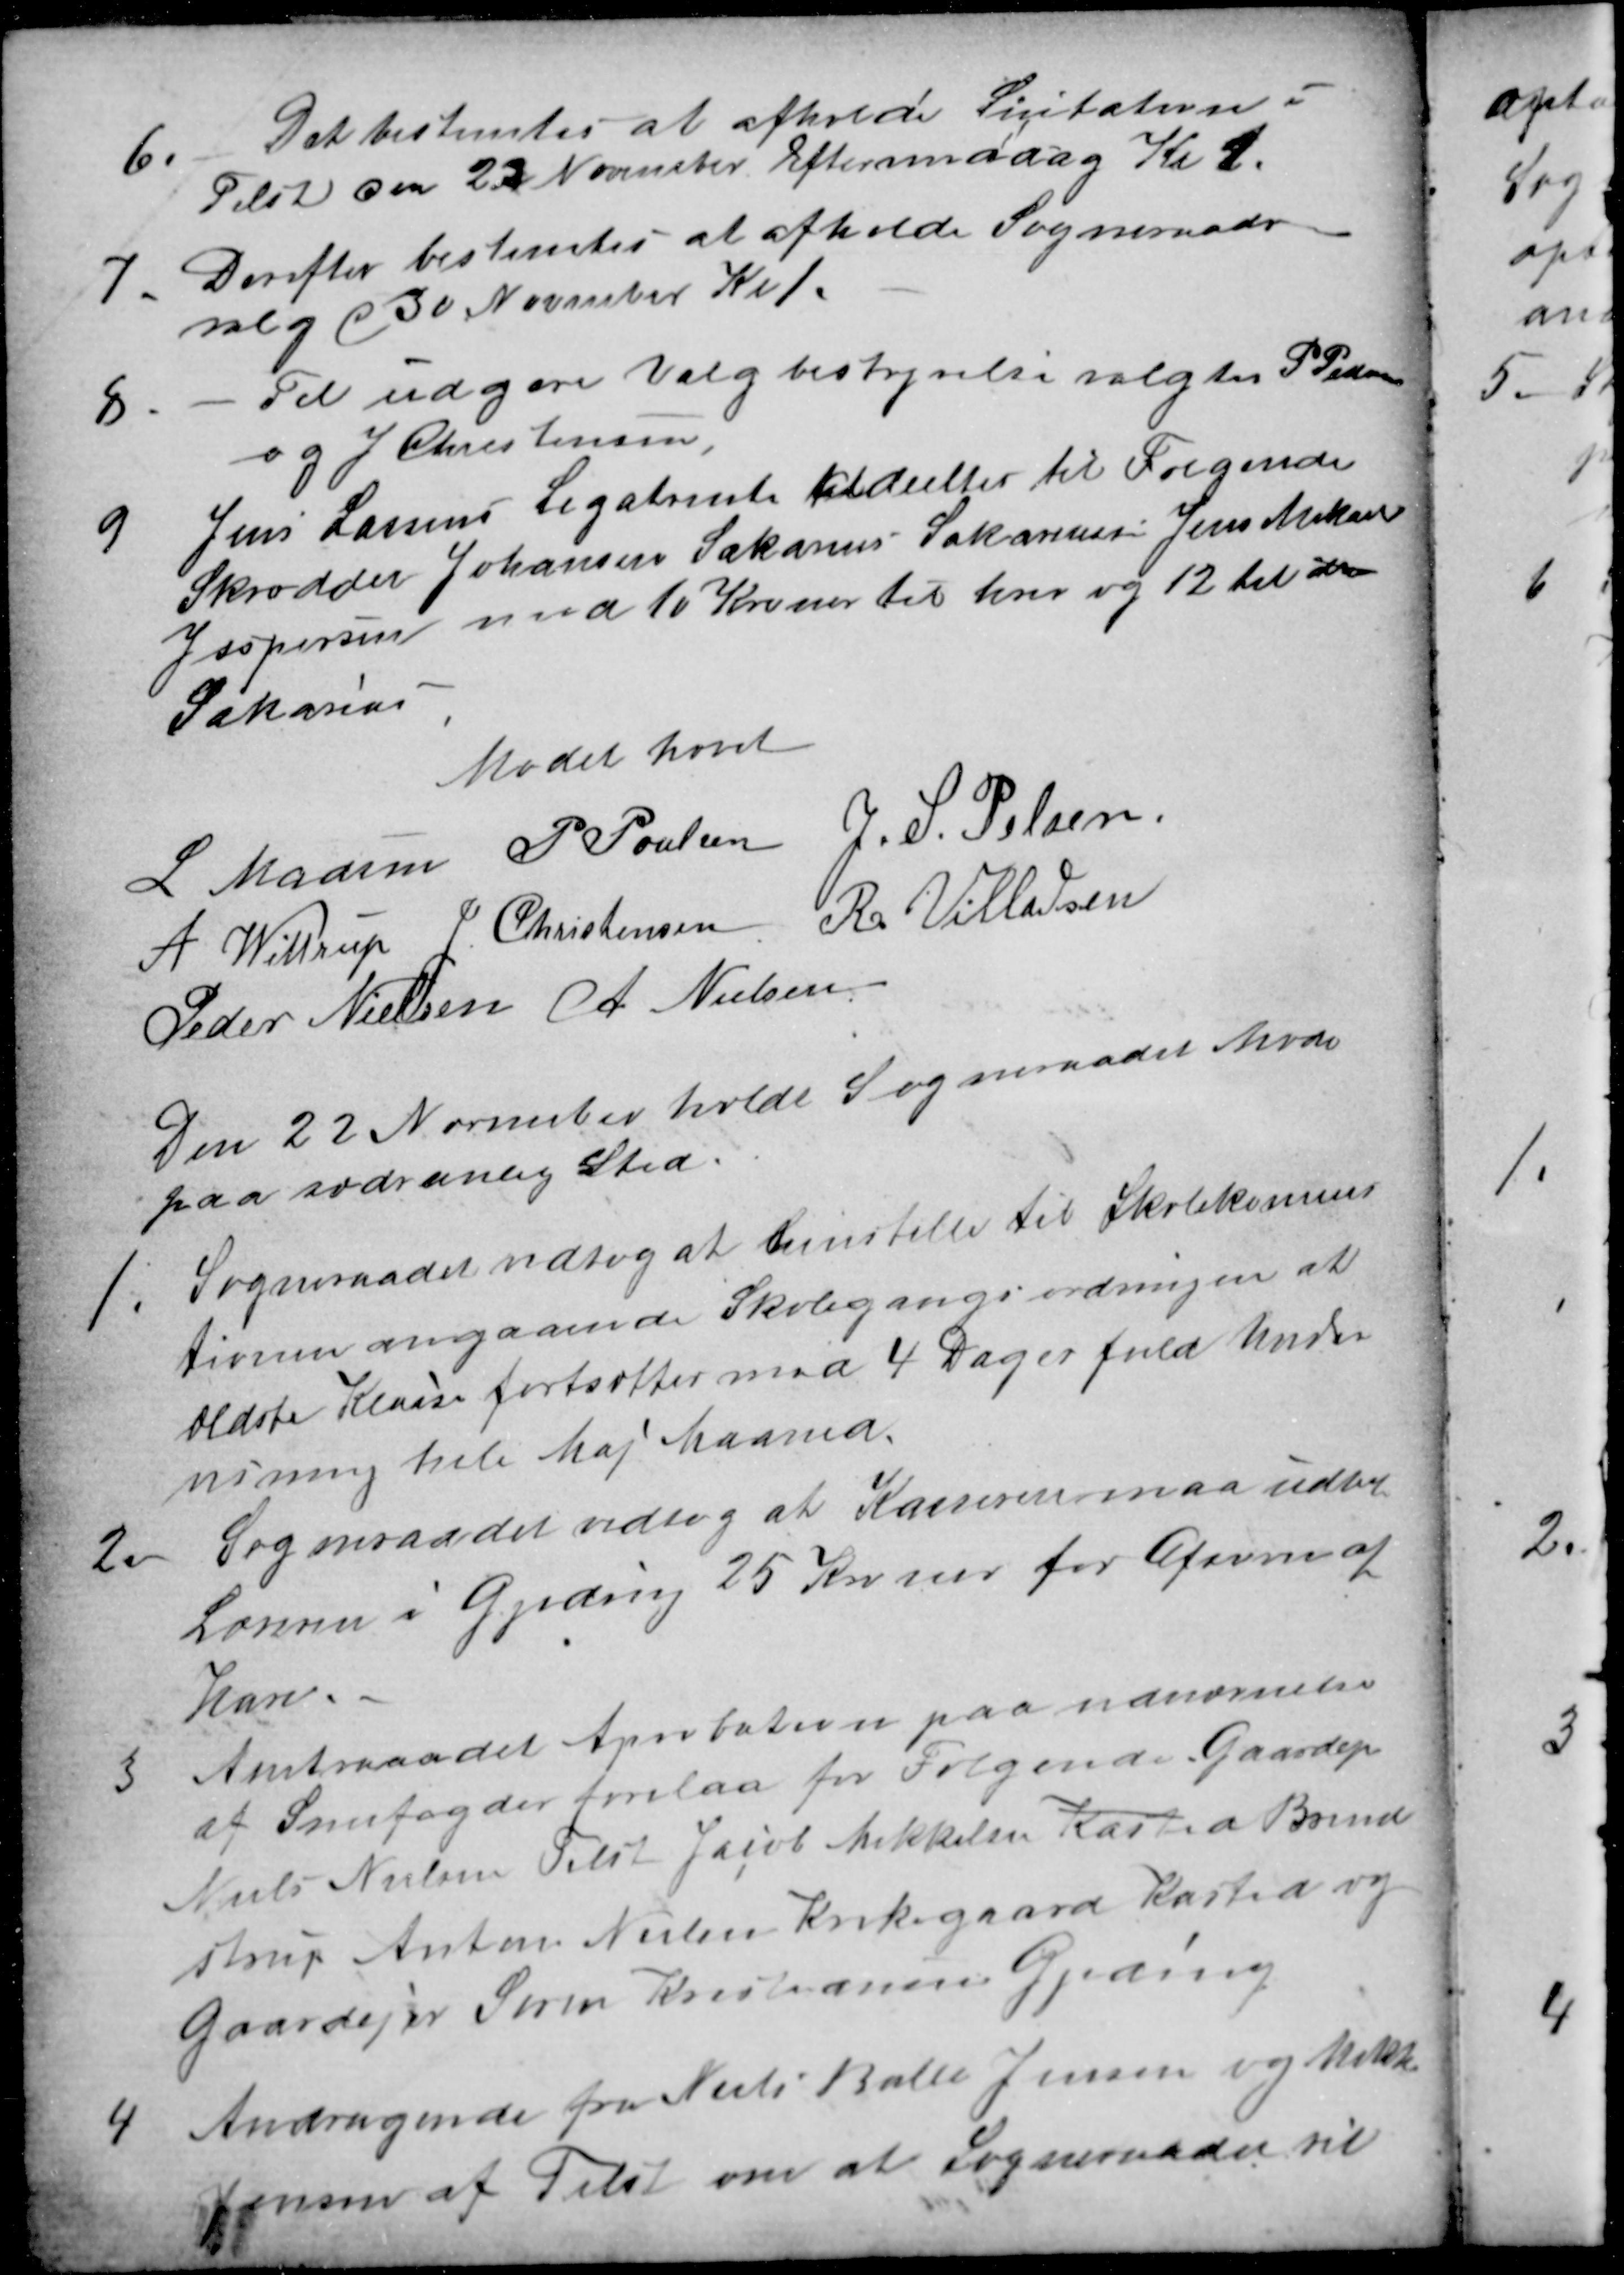
Transskription:
6.
Det bestemtes at afholde Licitation i
Tilst den 22 November Eftermiddag Kl 1.
7.
Derefter bestemtes at afholde Sogneraads
valg d 30 November Kl 1.
8.
Til udgøre Valgbestyrelse valgtes P. Pedersen
og J. Christensen,
9
Jens Larsens Legatrente tildeeltes til Følgende
Skrædder Johansen Sakarias Sakariassen Jens Mikael
Jespersen med 10 Kroner til hver og 12 til de
Sakarias
Mødet hævet
L Madsen P. Poulsen J. S. Pelsen
A Wittrup J Christensen R. Villadsen
Peder Nielsen A Nielsen
Den 22 November holde Sogneraadet Møde
paa sædvanlig Sted.
1.
Sogneraadet vedtog at henstille til Skolekommis
tionen angaaende Skolegangsordningen at
ældste Klasse fortsætter med 4 Dages fuld Under
visning hele Maj Maaned.
2
Sogneraadet vedtog at Kassereren maa udbet
Læreren i Gjeding 25 Kroner for Afsavn af
Haven.
3
Amtsraadet Aprobation paa udnævnelse
af Snefogder forelaa for Følgende Gaardejer
Niels Nielsen Tilst Jacob Mikkelsen Kasted Brend
strup Anton Nielsen Kirkegaard Kasted og
Gaardejer Søren Kristiansen Gjeding
4
Andragende fra Niels Balle Jensen og Mikkel
Jensen af Tilst om at Sogneraadet vil